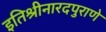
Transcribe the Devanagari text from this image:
इतिश्रीनारदपुराणे